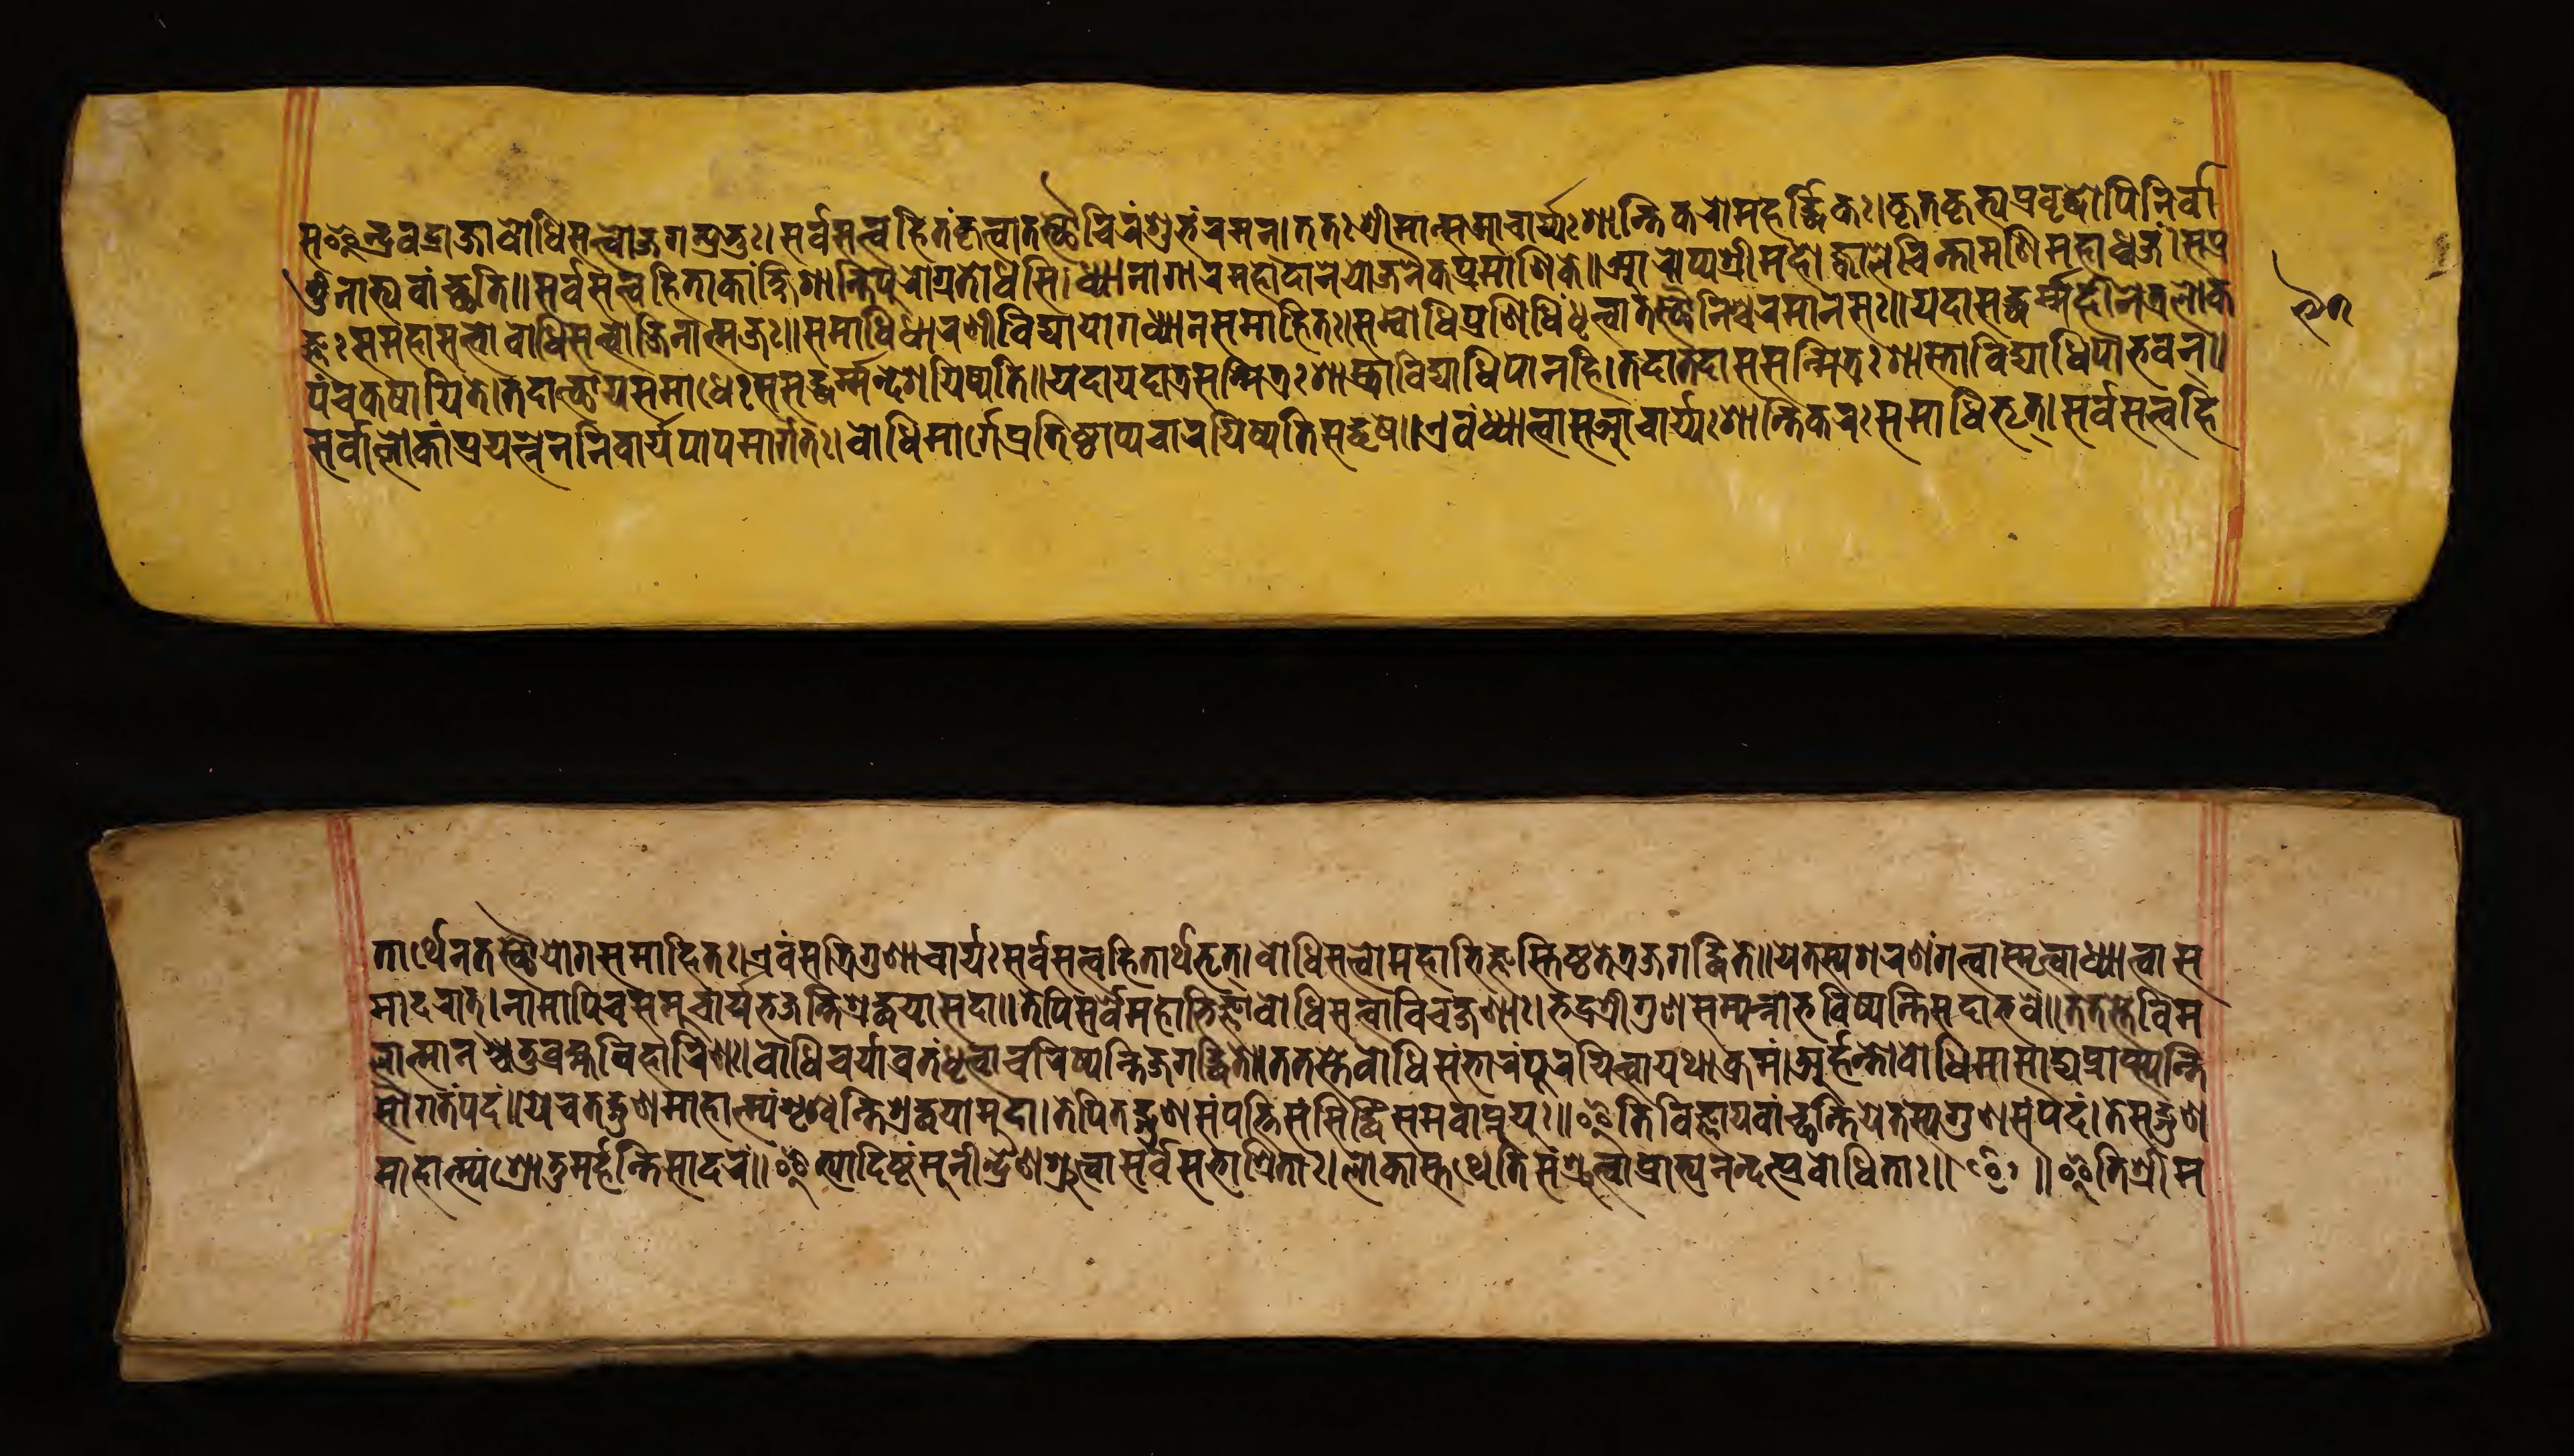
𑐳𑐿𑐣𑑂𑐡𑑂𑐬𑐰𑐡𑑂𑐬𑐵𑐖𑐧𑑀𑐢𑐶𑐳𑐟𑑂𑐟𑑂𑐰𑐵𑐖𑐐𑐟𑑂𑐥𑑂𑐬𑐨𑐸𑑅𑑋𑐳𑐬𑑂𑐰𑐳𑐟𑑂𑐟𑑂𑐰𑐴𑐶𑐟𑑄𑐎𑐺𑐟𑑂𑐰𑐵𑐟𑐳𑑂𑐠𑑁𑐔𑐶𑐬𑑄𑐱𑐸𑐨𑐾𑐬𑐩𑐣𑑂𑑌𑐟𑐟𑑅𑐱𑑂𑐬𑐷𑐩𑐵𑐣𑑂𑐳𑐁𑐔𑐵𑐬𑑂𑐫𑑅𑐱𑐵𑐣𑑂𑐟𑐶𑐎𑐬𑑀𑐩𑐴𑐬𑑂𑐡𑑂𑐢𑐶𑐎𑑅𑑋𑐎𑐺𑐟𑐎𑐺𑐟𑑂𑐫𑑅𑐥𑑂𑐬𑐰𑐺𑐡𑑂𑐢𑑀𑐥𑐶𑐣𑐶𑐬𑑂𑐰𑐵 𑐟𑐸𑑄𑐣𑐵𑐨𑐶𑐰𑐵𑑄𑐕𑐟𑐶𑑌𑐳𑐬𑑂𑐰𑐳𑐟𑑂𑐟𑑂𑐰𑐴𑐶𑐟𑐵𑐎𑐵𑑄𑐎𑑂𑐲𑐷𑐱𑐵𑐣𑑂𑐟𑐶𑐥𑐸𑐬𑐵𑐐𑑂𑐬𑐟𑐵𑐢𑐳𑐶𑑋𑐢𑑂𑐫𑐵𑐣𑐵𑐐𑐵𑐬𑐾𑐩𑐴𑑀𑐡𑑂𑐡𑐵𑐬𑐾𑐫𑐵𑐖𑐣𑐿𑐎𑐥𑑂𑐬𑐩𑐵𑐞𑐶𑐎𑐾𑑌𑐁𑐬𑑀𑐥𑑂𑐫𑐱𑑂𑐬𑐷𑐩𑐴𑑀𑐖𑑂𑐰𑐵𑐮𑐾𑐔𑐶𑐣𑑂𑐟𑐵𑐩𑐞𑐶𑐩𑐴𑐵𑐢𑑂𑐰𑐖𑑄𑑋𑐳𑐥𑑂𑐬 𑐖𑑂𑐘𑑅𑐳𑐩𑐴𑐵𑐳𑐟𑑂𑐟𑑂𑐰𑑀𑐧𑑀𑐢𑐶𑐳𑐟𑑂𑐟𑑂𑐰𑐵𑐖𑐶𑐣𑐵𑐟𑑂𑐩𑐖𑑅𑑌𑐳𑐩𑐵𑐢𑐶𑐢𑐵𑐬𑐞𑐷𑐰𑐶𑐡𑑂𑐫𑐵𑐫𑑀𑐐𑐢𑑂𑐫𑐵𑐣𑐳𑐩𑐵𑐴𑐶𑐟𑑅𑑋𑐳𑐩𑑂𑐧𑑀𑐢𑐶𑐥𑑂𑐬𑐞𑐶𑐢𑐶𑑄𑐢𑐺𑐟𑑂𑐰𑐵𑐟𑐳𑑂𑐠𑑁𑐣𑐶𑐱𑑂𑐔𑐬𑐩𑐵𑐣𑐳𑑅𑑌𑐫𑐡𑐵𑐳𑐡𑑂𑐢𑐬𑑂𑐩𑑂𑐩𑐴𑐷𑐞𑐾𑐟𑑂𑐬𑐮𑑀𑐎 𑐥𑑄𑐔𑐎𑐲𑐵𑐫𑐶𑐟𑐾𑑋𑐟𑐡𑑀𑐟𑑂𑐠𑐵𑐫𑐳𑐩𑐵𑐢𑐾𑑅𑐳𑐳𑐡𑑂𑐢𑐬𑑂𑐩𑑂𑐩𑐡𑐾𑐱𑐫𑐶𑐲𑑂𑐫𑐟𑐶𑑌𑐫𑐡𑐵𑐫𑐡𑐵𑐟𑑂𑐬𑐳𑐟𑑂𑐩𑐶𑐟𑑂𑐬𑑅𑐱𑐵𑐳𑑂𑐟𑑂𑐬𑐵𑐰𑐶𑐡𑑂𑐫𑐵𑐢𑐶𑐥𑐵𑐣𑐴𑐶𑑋𑐟𑐡𑐵𑐟𑐡𑐵𑐣𑐳𑐣𑑂𑐩𑐶𑐟𑑂𑐬𑑅𑐱𑐵𑐳𑑂𑐟𑑂𑐬𑐵𑐰𑐶𑐡𑑂𑐫𑐵𑐢𑐶𑐥𑑀𑐨𑐰𑐣𑑂𑑌 𑐳𑐬𑑂𑐰𑐵𑐣𑑂𑐮𑑀𑐎𑐵𑐣𑑂𑐥𑑂𑐬𑐫𑐟𑑂𑐣𑐾𑐣𑐣𑐶𑐰𑐵𑐬𑑂𑐫𑐥𑐵𑐥𑐩𑐵𑐬𑑂𑐐𑐟𑑅𑑋𑐧𑑀𑐢𑐶𑐩𑐵𑐬𑑂𑐐𑐾𑐥𑑂𑐬𑐟𑐶𑐲𑑂𑐛𑐵𑐥𑑂𑐫𑐔𑐵𑐬𑐫𑐶𑐲𑑂𑐫𑐟𑐶𑐳𑐡𑑂𑐢𑐬𑑂𑐩𑐾𑑌𑐊𑐰𑑄𑐢𑑂𑐫𑐵𑐟𑑂𑐰𑐵𑐳𑐁𑐔𑐵𑐬𑑂𑐫𑑅𑐱𑐵𑐣𑑂𑐟𑐶𑐎𑐬𑑅𑐳𑐩𑐵𑐢𑐶𑐨𑐺𑐟𑑂𑑋𑐳𑐬𑑂𑐰𑐳𑐟𑑂𑐟𑑂𑐰𑐴𑐶 𑐟𑐵𑐬𑑂𑐠𑐾𑐣𑐟𑐳𑑂𑐠𑑁𑐫𑑀𑐐𑐳𑐩𑐵𑐴𑐶𑐟𑑅𑑌𑐊𑐰𑑄𑐳𑐟𑑂𑐬𑐶𑐐𑐸𑐞𑐵𑐔𑐵𑐬𑑂𑐫𑑅𑐳𑐬𑑂𑐰𑐳𑐟𑑂𑐟𑑂𑐰𑐴𑐶𑐟𑐵𑐬𑑂𑐠𑐨𑐺𑐟𑑂𑑋𑐧𑑀𑐢𑐶𑐳𑐟𑑂𑐟𑑂𑐰𑐩𑐴𑐵𑐨𑐶𑐖𑑂𑐘𑐟𑐶𑐲𑑂𑐛𑐟𑐟𑑂𑐬𑐖𑐐𑐡𑑂𑐢𑐶𑐟𑑌𑐫𑐾𑐟𑐳𑑂𑐫𑐱𑐬𑐞𑑄𑐐𑐟𑑂𑐰𑐵𑐳𑑂𑐩𑐺𑐟𑑂𑐰𑐵𑐢𑑂𑐫𑐵𑐟𑑂𑐰𑐵𑐳 𑐩𑐵𑐡𑐬𑐵𑐟𑑂𑑋𑐣𑐵𑐩𑐵𑐥𑐶𑐔𑐳𑐩𑐸𑐔𑑂𑐔𑐵𑐬𑑂𑐫𑑄𑐨𑐖𑐣𑑂𑐟𑐶𑐱𑑂𑐬𑐡𑑂𑐢𑐫𑐵𑐳𑐡𑐵𑑌𑐟𑐾𑐥𑐶𑐳𑐬𑑂𑐰𑐾𑐩𑐴𑐵𑐨𑐶𑐖𑑂𑐘𑐵𑐧𑑀𑐢𑐶𑐳𑐟𑑂𑐟𑑂𑐰𑐵𑐰𑐶𑐔𑐎𑑂𑐲𑐞𑐵𑑅𑑋𑐨𑐡𑑂𑐬𑐱𑑂𑐬𑐷𑐐𑐸𑐞𑐳𑑄𑐥𑐣𑑂𑐣𑐵𑐨𑐰𑐶𑐲𑑂𑐫𑐣𑑂𑐟𑐶𑐳𑐡𑐵𑐨𑐰𑐾𑑌𑐟𑐟𑐳𑑂𑐟𑐾𑐰𑐶𑐩 𑐮𑐵𑐟𑑂𑐩𑐵𑐣𑐱𑑂𑐔𑐟𑐸𑐬𑑂𑐧𑑂𑐬𑐴𑑂𑐩𑐰𑐶𑐴𑐵𑐬𑐶𑐞𑑅𑑋𑐧𑑀𑐢𑐶𑐔𑐬𑑂𑐫𑐵𑐰𑑂𑐬𑐟𑑄𑐢𑐺𑐟𑑂𑐰𑐵𑐔𑐬𑐶𑐲𑑂𑐫𑐣𑑂𑐟𑐶𑐖𑐐𑐡𑑂𑐢𑐶𑐟𑐾𑑌𑐟𑐟𑐳𑑂𑐟𑐾𑐧𑑀𑐢𑐶𑐳𑑄𑐨𑐵𑐬𑑄𑐥𑐹𑐬𑐫𑐶𑐟𑑂𑐰𑐵𑐫𑐠𑐵𑐎𑑂𑐬𑐩𑑄𑑋𑐀𑐬𑑂𑐴𑐣𑑂𑐟𑑀𑐧𑑀𑐢𑐶𑐩𑐵𑐳𑐵𑐡𑑂𑐫𑐥𑑂𑐬𑐵𑐥𑑂𑐳𑑂𑐫𑐣𑑂𑐟𑐶 𑐳𑑁𑐐𑐟𑑄𑐥𑐡𑑄𑑌𑐫𑐾𑐔𑐟𑐡𑑂𑐐𑐸𑐞𑐩𑐵𑐴𑐵𑐟𑑂𑐩𑑂𑐫𑑄𑐱𑐺𑐞𑑂𑐰𑐣𑑂𑐟𑐶𑐱𑑂𑐬𑐡𑑂𑐢𑐫𑐵𑐩𑐸𑐡𑐵𑑋𑐟𑐾𑐥𑐶𑐟𑐡𑑂𑐐𑐸𑐞𑐳𑑄𑐥𑐟𑑂𑐟𑐶𑐳𑑄𑐳𑐶𑐡𑑂𑐢𑐶𑑄𑐳𑐩𑐰𑐵𑐥𑑂𑐣𑐸𑐫𑐸𑑅𑑌𑐂𑐟𑐶𑐰𑐶𑐖𑑂𑐘𑐵𑐫𑐰𑐵𑐘𑑂𑐕𑐣𑑂𑐟𑐶𑐫𑐳𑑂𑐟𑐳𑑂𑐫𑐐𑐸𑐞𑐳𑑄𑐥𑐡𑑄𑑋𑐟𑐾𑐳𑐡𑑂𑐐𑐸𑐞 𑐩𑐵𑐴𑐵𑐟𑑂𑐩𑑂𑐫𑑄𑐱𑑂𑐬𑑀𑐟𑐸𑐩𑐬𑑂𑐴𑐟𑐶𑐳𑐵𑐡𑐬𑑄𑑌𑐂𑐟𑑂𑐫𑐵𑐡𑐶𑐲𑑂𑐚𑑄𑐩𑐸𑐞𑐷𑐣𑑂𑐡𑑂𑐬𑐾𑐣𑐱𑑂𑐬𑐸𑐟𑑂𑐰𑐵𑐳𑐬𑑂𑐰𑐳𑐨𑐵𑐱𑑂𑐬𑐶𑐟𑐵𑑅𑑋𑐮𑑀𑐎𑐵𑐳𑑂𑐟𑐠𑐾𑐟𑐶𑐳𑑄𑐱𑑂𑐬𑐸𑐟𑑂𑐫𑐥𑑂𑐬𑐵𑐨𑑂𑐫𑐣𑐣𑑂𑐡𑐣𑑂𑐥𑑂𑐬𑐧𑑀𑐢𑐶𑐟𑐵𑑅𑑌 ॰ 𑑌𑐂𑐟𑐶𑐱𑑂𑐬𑐷𑐩 𑑙𑑗